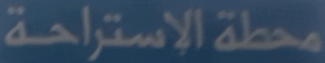
محطة الاستراحة